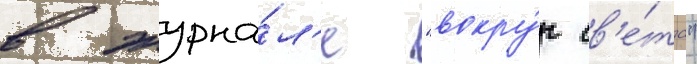
в журна́л'е "вокру́г св'е́та"